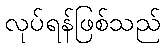
လုပ်ရန်ဖြစ်သည်